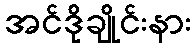
အင်ဒိုချိုင်းနား